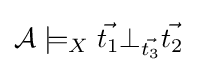
{\mathcal {A}}\models _{X}{\vec {t_{1}}}\bot _{\vec {t_{3}}}{\vec {t_{2}}}